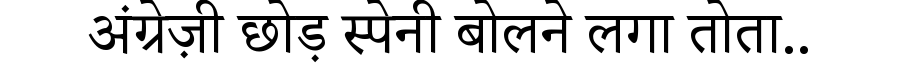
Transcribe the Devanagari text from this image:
अंग्रेज़ी छोड़ स्पेनी बोलने लगा तोता..